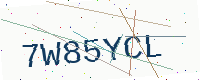
Text: 7W85YCL